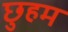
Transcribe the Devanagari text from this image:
छुहम